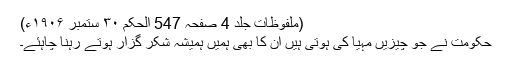
(ملفوظات جلد 4 صفحہ 547 الحکم ۳۰ ستمبر ۱۹۰۶ء)
حکومت نے جو چیزیں مہیا کی ہوتی ہیں ان کا بھی ہمیں ہمیشہ شکر گزار ہوتے رہنا چاہئے۔